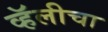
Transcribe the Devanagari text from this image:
व्हॅलीचा